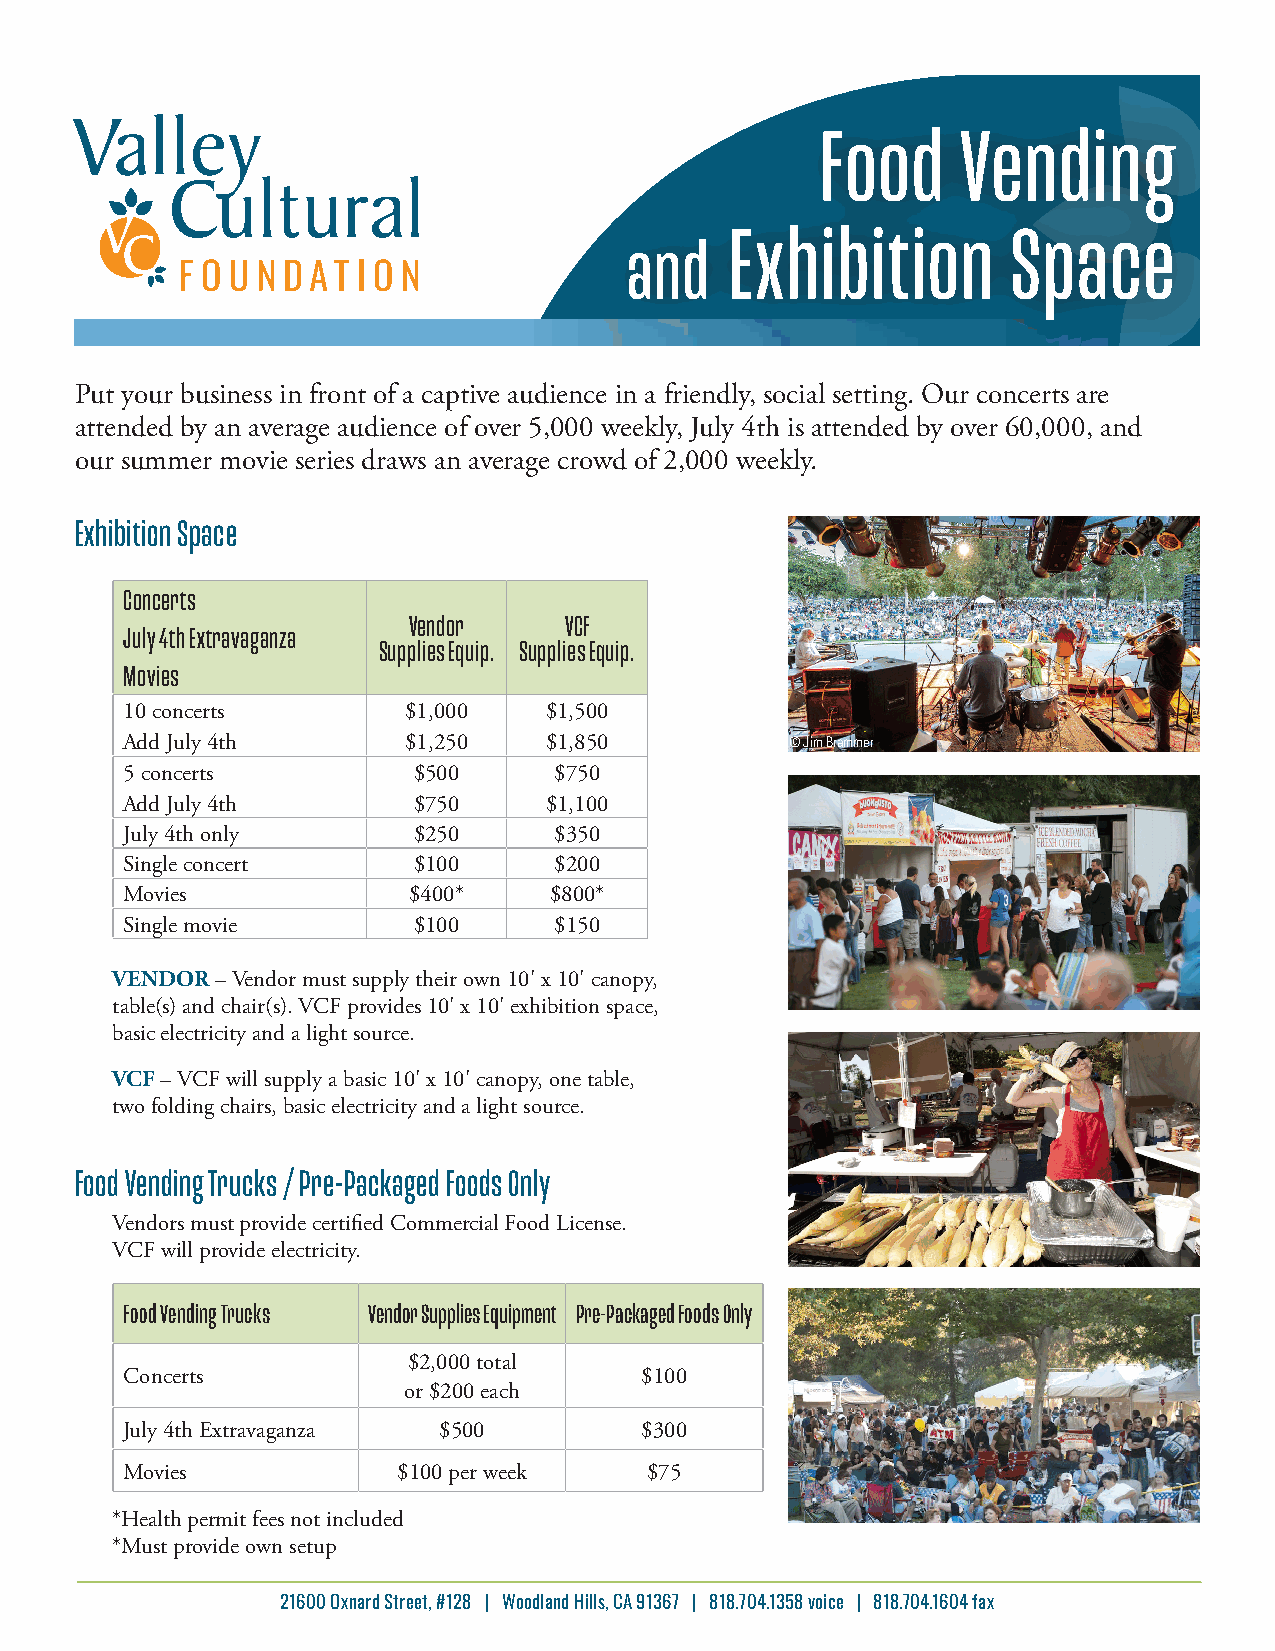
Food      Vending
 Exhibition         Space
 and
 Put your business in front of a captive audience in a friendly, social setting. Our concerts are
 attended by an average audience of over 5,000 weekly, July 4th is attended by over 60,000, and
 our summer movie series draws an average crowd of 2,000 weekly.
 Exhibition Space
 Concerts
 Vendor    VCF
 July 4th Extravaganza
 Supplies Equip. Supplies Equip.
 Movies
 10 concerts        $1,000   $1,500
 Add July 4th       $1,250   $1,850          © Jim Brammer
 5 concerts         $500      $750
 Add July 4th       $750     $1,100
 July 4th only      $250      $350
 Single concert     $100      $200
 Movies             $400*    $800*
 Single movie       $100      $150
 VENDOR – Vendor must supply their own 10' x 10' canopy,
 table(s) and chair(s). VCF provides 10' x 10' exhibition space,
 basic electricity and a light source.
 VCF – VCF will supply a basic 10' x 10' canopy, one table,
 two folding chairs, basic electricity and a light source.
 Food Vending Trucks / Pre-Packaged Foods Only
 Vendors must provide certified Commercial Food License.
 VCF will provide electricity.
 Food Vending Trucks Vendor Supplies Equipment Pre-Packaged Foods Only
 $2,000 total
 Concerts                          $100
 or $200 each
 July 4th Extravaganza $500        $300
 Movies            $100 per week    $75
 *Health permit fees not included
 *Must provide own setup
 21600 Oxnard Street, #128 | Woodland Hills, CA 91367 | 818.704.1358 voice | 818.704.1604 fax